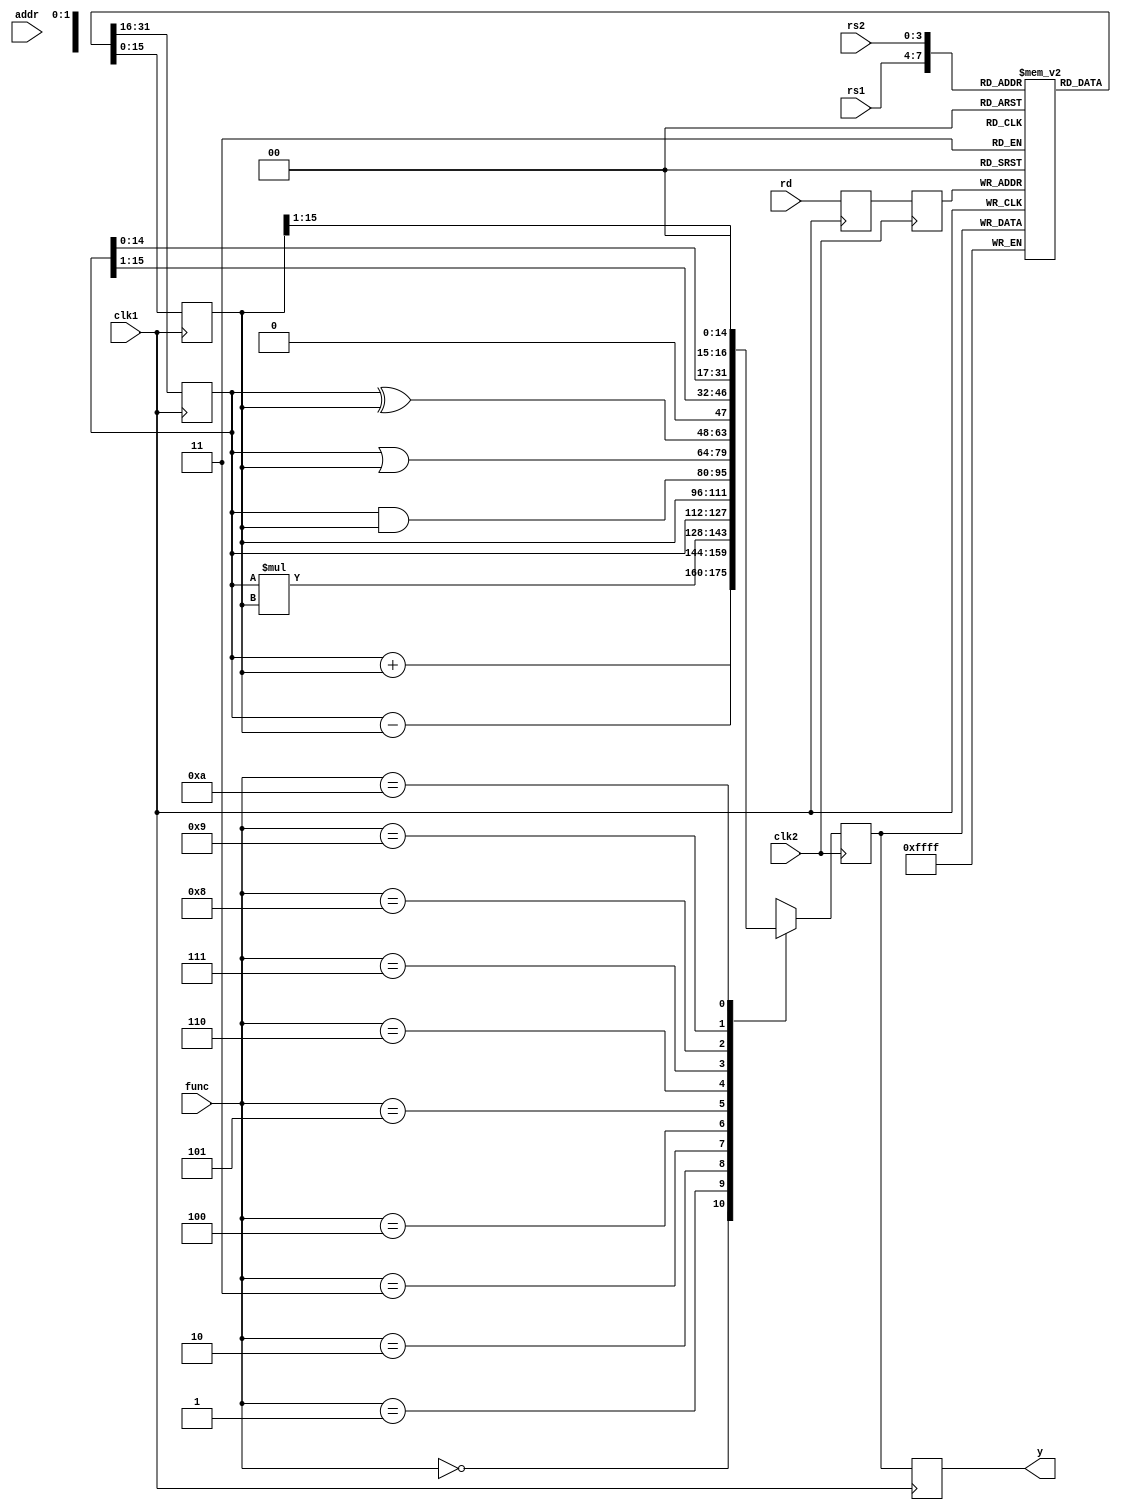
module ALU(clk1,clk2,rs1,rs2,rd,addr,func,y);
	input clk1,clk2;
	input [3:0] rs1,rs2,rd,func;
	input [7:0] addr;
	output [15:0] y;
	reg [15:0] L12_A,L12_B,L23_y,L34_y;
	reg [3:0] L12_rd,L12_func,L23_rd;
	reg [7:0] L12_addr,L23_addr,L34_addr;
	reg [15:0] RegBank [0:15];
	reg [15:0] Mem [0:255];
	assign y = L34_y;
	always @(posedge clk1)
		begin
			L12_A <= #2 RegBank[rs1];
			L12_B <= #2 RegBank[rs2];
			L12_rd <= #2 rd;
			L12_func <= #2 func;
			L12_addr <= addr;
		end
	always @(negedge clk2)
		begin
			case(func)
				0 : L23_y <= #2 L12_A + L12_B;
				1 : L23_y <= #2 L12_A - L12_B;
				2 : L23_y <= #2 L12_A * L12_B;
				3 : L23_y <= #2 L12_A;
				4 : L23_y <= #2 L12_B;
				5 : L23_y <= #2 L12_A & L12_B;
				6 : L23_y <= #2 L12_A | L12_B;
				7 : L23_y <= #2 L12_A ^ L12_B;
				8 : L23_y <= #2 L12_A >> 1;
				9 : L23_y <= #2 L12_A << 1;
				10 : L23_y <= #2 L12_B >> 1;
				default : L23_y <= #2 16'hx;
			endcase
			L23_rd <= #2 L12_rd;
			L23_addr <= L23_addr;
		end
	always @(posedge clk1)
		begin
			RegBank[L23_rd] <= #2 L23_y;
			L34_y <= #2 L23_y;
			L34_addr <= L23_addr;
		end
	always @(negedge clk2)
		begin
			Mem[L34_addr] <= #2 L34_y;
		end
endmodule